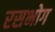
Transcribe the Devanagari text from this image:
रसभोग